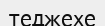
теджехе